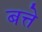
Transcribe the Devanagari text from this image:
बत्ते